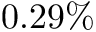
0 . 2 9 \%